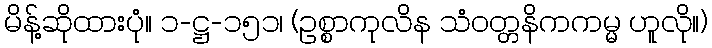
မိန့်ဆိုထားပုံ။ ၁-ဋ္ဌ-၁၅၁၊ (ဥစ္စာကုလိန သံဝတ္တနိကကမ္မ ဟူလို။)